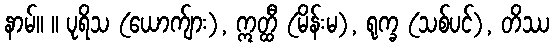
နာမ်။ ။ ပုရိသ (ယောက်ျား), ဣတ္ထီ (မိန်းမ), ရုက္ခ (သစ်ပင်), တိဿ